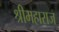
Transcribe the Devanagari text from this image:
श्रीमहाराज